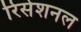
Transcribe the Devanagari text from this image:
रिसेशनल